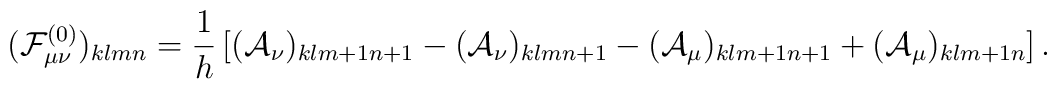
({\cal F}^{(0)}_{\mu\nu})_{klmn}={1\over h}\left[({\cal A}_\nu)_{klm+1n+1}-({\cal A}_\nu)_{klmn+1}-({\cal A}_\mu)_{klm+1n+1}+({\cal A}_\mu)_{klm+1n}\right].